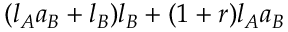
( l _ { A } a _ { B } + l _ { B } ) l _ { B } + ( 1 + r ) l _ { A } a _ { B }